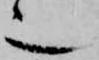
也